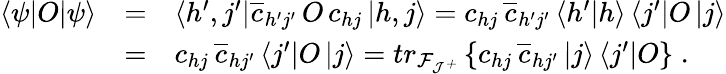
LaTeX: \begin{array}{lll}{{\left<\psi|O|\psi\right>}}&{{=}}&{{\left<h^{\prime},j^{\prime}\right|\overline{{{c}}}_{h^{\prime}j^{\prime}}\, O\, {c}_{hj}\left|h,j\right>={c}_{hj}\, \overline{{{c}}}_{h^{\prime}j^{\prime}}\left<h^{\prime}|h\right>\left<j^{\prime}\right|O\left|j\right>}}\\ {{}}&{{=}}&{{{c}_{hj}\, \overline{{{c}}}_{hj^{\prime}}\left<j^{\prime}\right|O\left|j\right>=tr_{\cal F_{J^{+}}}\left\{ {c}_{hj}\, \overline{{{c}}}_{hj^{\prime}}\left|j\right>\left<j^{\prime}\right|O\right\} \; .}}\end{array}